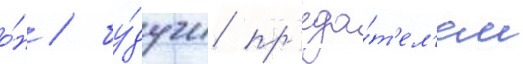
о́н / бу́дучи пр'еда́т'ел'ем